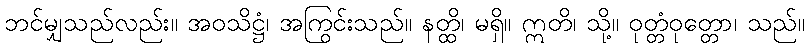
ဘင်မျှသည်လည်း။ အဝသိဋ္ဌံ၊ အကြွင်းသည်။ နတ္ထိ၊ မရှိ။ ဣတိ၊ သို့။ ဝုတ္တံဝုတ္တော၊ သည်။